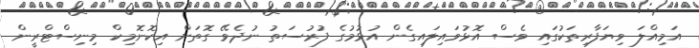
އަމިއްލަ ވިޔަފާރިތަކުގައި ވެސް އޮޅުވައިލައިގެން އުޅުމުގެ ފުރުސަތު ނުދެވޭ ގޮތަށް އިކޮނޮމިކް މިނިސްޓްރީން